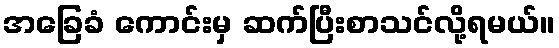
အခြေခံ ကောင်းမှ ဆက်ပြီးစာသင်လို့ရမယ်။